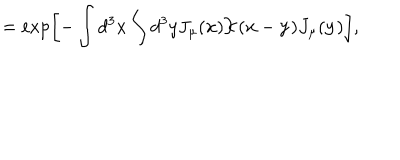
= \exp \left[ - \int d ^ { 3 } x \int d ^ { 3 } y J _ { \mu } ( { \bf x } ) { \cal K } ( { \bf x } - { \bf y } ) J _ { \mu } ( { \bf y } ) \right] ,